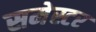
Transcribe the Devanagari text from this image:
समेस्टर